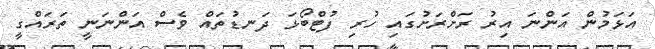
އަޅަމުން އަންނަ އިރު ރަށްރަށުގައި ހުރި ފުޓްބޯޅަ ދަނޑުތައް ވެސް އަންނަނީ ތަރައްގީ